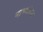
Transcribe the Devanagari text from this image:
नाभ्यांच्या